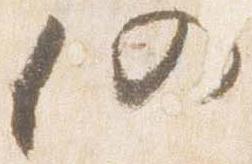
仍